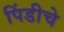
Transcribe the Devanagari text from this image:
पिंडीचे